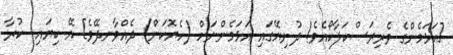
[އަޅަމެންގެ ވެރިރަސްކަލާކޯއެވެ! ދުނިޔޭގައި އަޅަމެންނަށް (ހެޔޮކަން) ދެއްވާނދޭވެ] އޭ ކިޔައި  ކުރާ